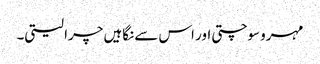
مہرو سوچتی اور اس سے نگاہیں چرا لیتی۔